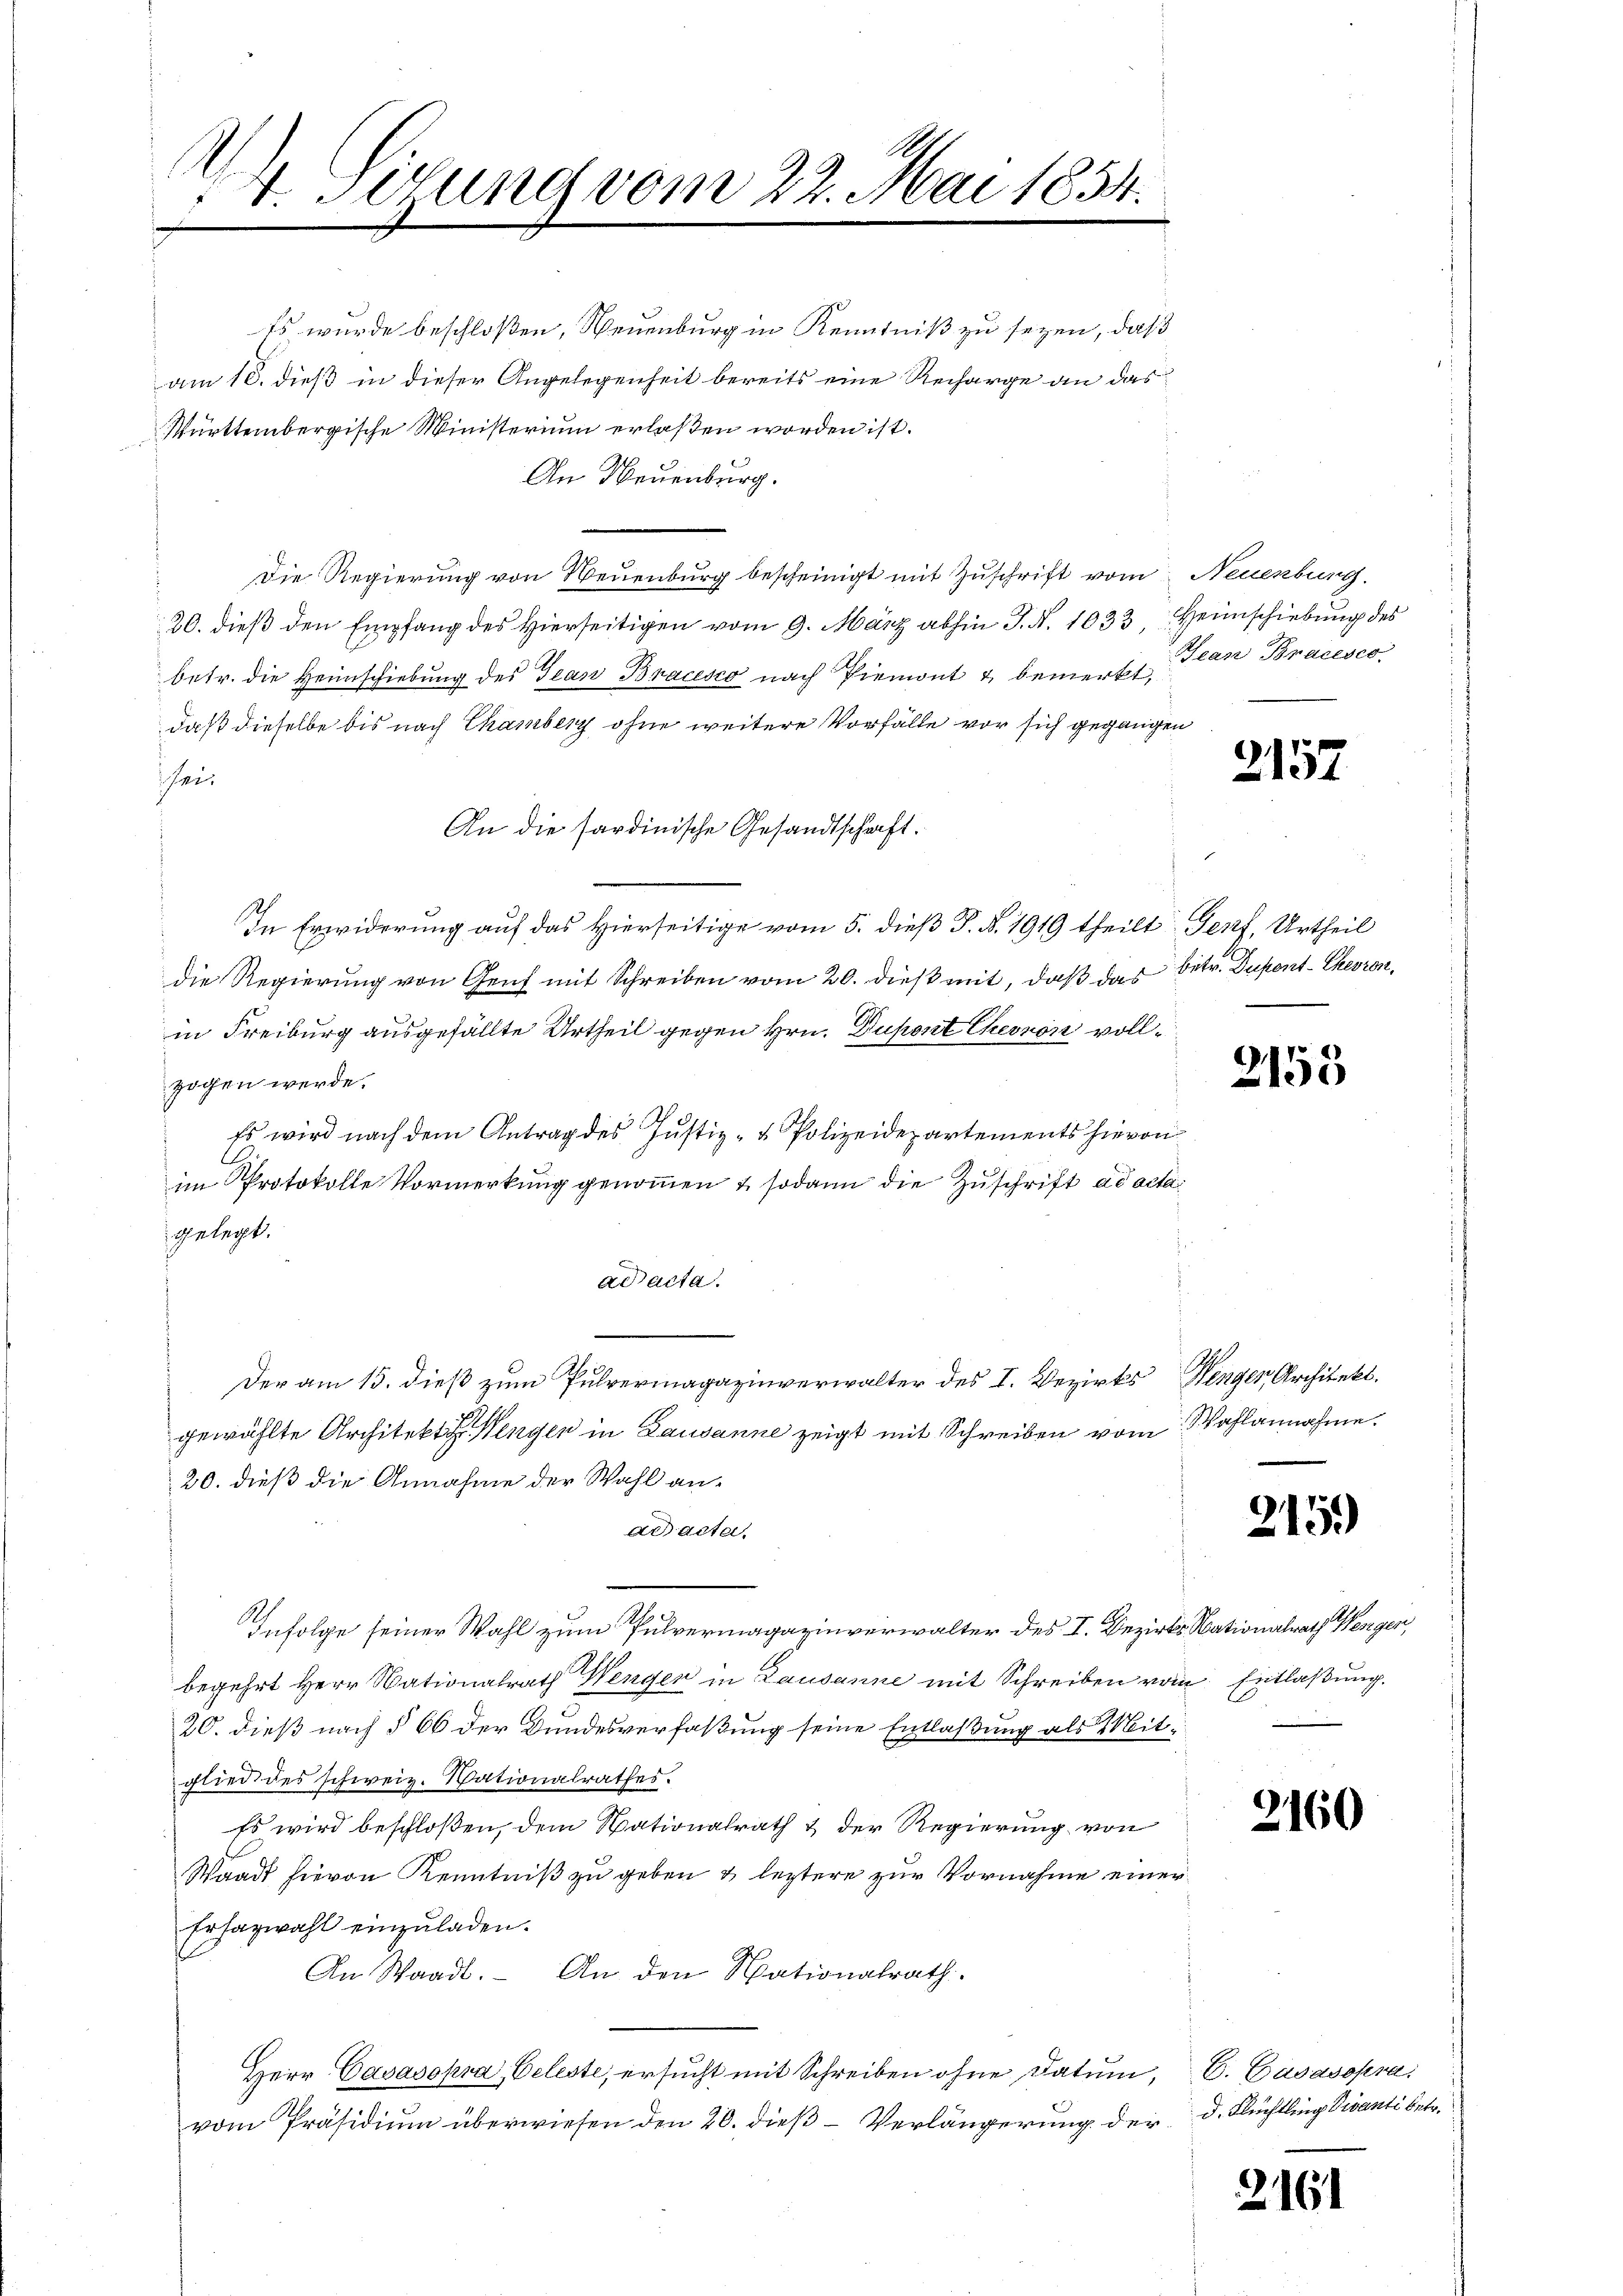
1
.
I. Setzung vom 22. Mai 1854.

Es wurde beschloßen, Neuenburg in Kenntniß zu seyen, daß
am 10. dieß in dieser Angelegenheit bereits eine Recharge an das
Württembergische Ministerium erlaßen worden ist.
An Neuenburg.
Die Regierung von Neuenburg bescheinigt mit Zuschrift vom Neuenburg.
20. dieß den Empfang des Hierseitigen vom 9. März abhin J. N. 1033, Heimschiebung des
betr. die Heimschiebung des Jean Bracesco nach Piemont & bemerkt, Jean Bracesco
daß dieselbe bis nach Chamberg ohne weitere Vorfälle vor sich gegangen
sei¬
An die sardinische Gesandtschaft.
In Erwiderung auf das Hierseitige vom 5. dieß P. N. 1919 theilt Genf, Urtheil
die Regierung von Genf mit Schreiben vom 20. dieß mit, daß das betr. Dupent-Chevron,
in Freiburg ausgefällte Urtheil gegen Hrn. Dupont Chevor vollzogen werde.
Es wird nach dem Antrag des Justiz- & Polizeidepartements hievon
im Protokolle Vormerkung genommen & sodann die Zuschrift ad acta
igelegt.
ad acta.
Der am 15. dieß zum Pulvermagazinverwalter des I. Bezirks Henger Architekt.
gewählte Architekt engen in Lausanne zeigt mit Schreiben vom Wahlannahme.
20. dieß die Annahme der Wahl anad acta,
Infolge seiner Wahl zum Pulvermagazinverwalter des I. Bezirks Nationalrath Wengen,
begehrt Herr Nationalrath Wenger in Lausanne mit Schreiben vom Entlaßung.
20. dieß nach § 66 der Bundesverfaßung seine Entlaßung als Mitglied des schweiz. Wationalrathes.
Es wird beschloßen, dem Nationalrath & der Regierung von
Waadt hievon Kenntniß zu geben & leztere zur Vornahme einer
Erfazwahl einzuladen.
An Waadt. An den Nationalrath.
Herr Casasopra Celeste, ersŭcht mit Schreiben ohne Datum, C. Cäsasopra
vom Präsidium überwiesen den 20. dieß – Verlängerung der d. Flüchtling Divanti betr.

2157

2153

215.

2160

2161